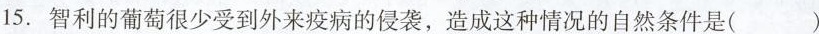
15.智利的葡萄很少受到外来疫病的侵袭，造成这种情况的自然条件是( )